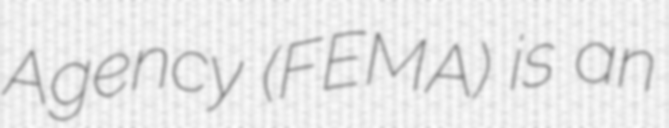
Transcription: Agency (FEMA) is an